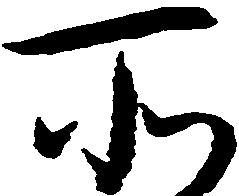
所